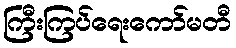
ကြီးကြပ်ရေးကော်မတီ